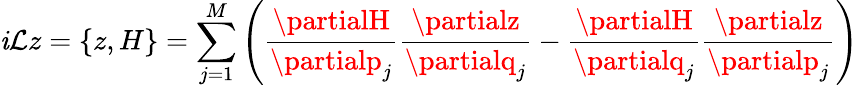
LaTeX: \mathit{i}\mathcal{{L}}z=\{ z,H\} =\sum_{j=1}^{M}\left(\frac{{\partialH}}{{\partialp_{j}}}\frac{{\partialz}}{{\partialq_{j}}}-\frac{{\partialH}}{{\partialq_{j}}}\frac{{\partialz}}{{\partialp_{j}}}\right)